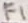
Text: F1